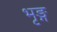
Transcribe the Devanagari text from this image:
भृङ्ग